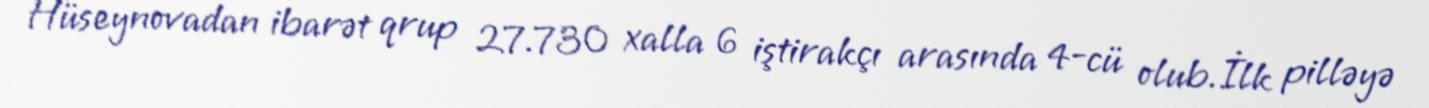
Hüseynovadan ibarət qrup 27.730 xalla 6 iştirakçı arasında 4-cü olub.İlk pilləyə